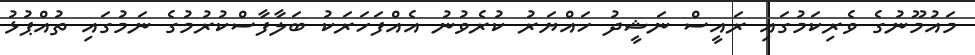
މައުމޫނުގެ ވެރިކަމުގައި ރައީސް ނަޝީދު ހައްޔަރު ކުރެވުނު އެއްފަހަރަކު ބަލާފާސްކުރުމުގެ ނަމުގައި ތުއްޕުޅު